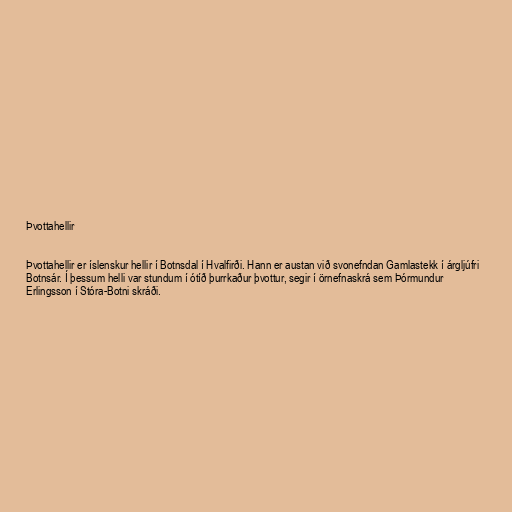
Þvottahellir

Þvottahellir er íslenskur hellir í Botnsdal í Hvalfirði. Hann er austan við svonefndan Gamlastekk í árgljúfri
Botnsár. Í þessum helli var stundum í ótíð þurrkaður þvottur, segir í örnefnaskrá sem Þórmundur
Erlingsson í Stóra-Botni skráði.